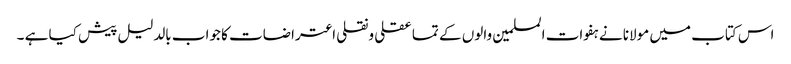
اس کتاب میں مولانا نے ہفوات المسلمین والوں کے تما عقلی ونقلی اعتراضات کا جواب بالدلیل پیش کیا ہے ۔